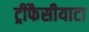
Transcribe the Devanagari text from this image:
ट्रीफैसीयाटा